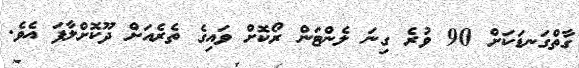
ގާތްގަނޑަކަށް 90 ވުރެ ގިނަ ލެންޓަން ރޯކޮށް ވައިގެ ތެރެއަށް ދޫކޮށްލާފަ އެވެ.